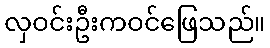
လှဝင်းဦးကဝင်ဖြေသည်။